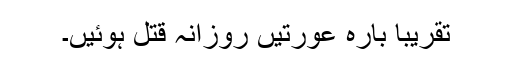
تقریباََ بارہ عورتیں روزانہ قتل ہوئیں۔